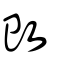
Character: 攺